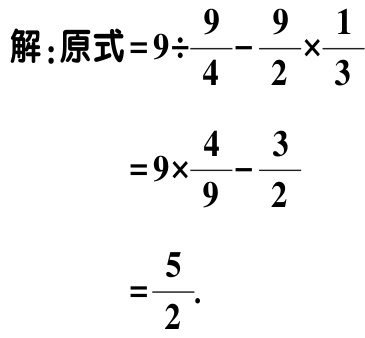
解：原式\(=9\div\frac{9}{4}-\frac{9}{2}\times\frac{1}{3}\)

\(=9\times\frac{4}{9}-\frac{3}{2}\)

\(=\frac{5}{2}\).